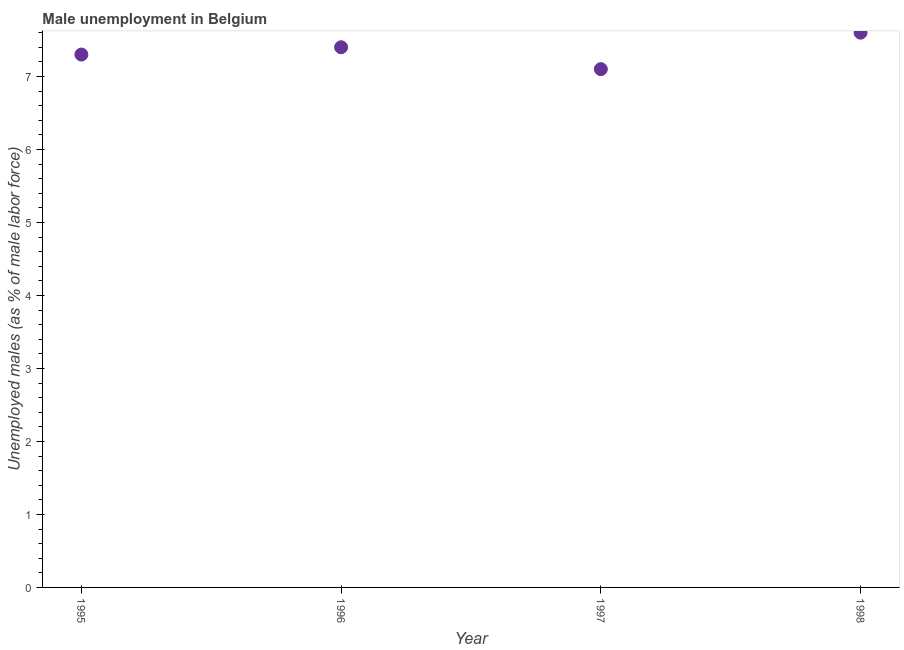
| Year | Unemployment |
 | --- | --- |
 | 1995 | 7.3 |
 | 1996 | 7.4 |
 | 1997 | 7.1 |
 | 1998 | 7.6 |